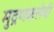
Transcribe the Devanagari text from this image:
मुद्रणकलेची